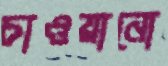
চাওয়ানো